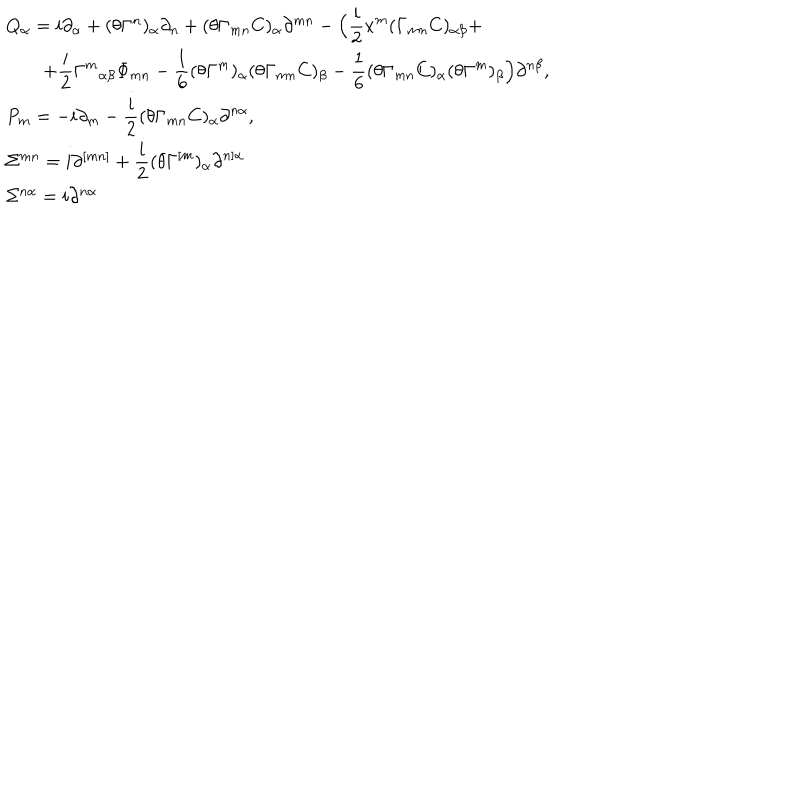
\begin{array} { l } { { Q _ { \alpha } = i \partial _ { \alpha } + ( \theta \Gamma ^ { n } ) _ { \alpha } \partial _ { n } + ( \theta \Gamma _ { m n } C ) _ { \alpha } \partial ^ { m n } - \Big ( \displaystyle \frac i 2 x ^ { m } ( \Gamma _ { m n } C ) _ { \alpha \beta } + } } \\ { { \qquad + \displaystyle \frac i 2 { \Gamma ^ { m } } _ { \alpha \beta } \Phi _ { m n } - \frac 1 6 ( \theta \Gamma ^ { m } ) _ { \alpha } ( \theta \Gamma _ { m n } C ) _ { \beta } - \frac 1 6 ( \theta \Gamma _ { m n } C ) _ { \alpha } ( \theta \Gamma ^ { m } ) _ { \beta } \Big ) \partial ^ { n \beta } , } } \\ { { P _ { m } = - i \partial _ { m } - \displaystyle \frac i 2 ( \theta \Gamma _ { m n } C ) _ { \alpha } \partial ^ { n \alpha } , } } \\ { { \Sigma ^ { m n } = i \partial ^ { [ m n ] } + \displaystyle \frac i 2 ( \theta \Gamma ^ { [ m } ) _ { \alpha } \partial ^ { n ] \alpha } } } \\ { { \Sigma ^ { n \alpha } = i \partial ^ { n \alpha } } } \\ \end{array}